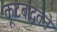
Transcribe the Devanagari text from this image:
कूटबद्धतेने